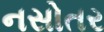
નસોતર